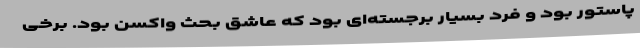
پاستور بود و فرد بسیار برجسته‌ای بود که عاشق بحث واکسن بود. برخی